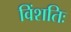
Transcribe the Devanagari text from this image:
विंशतिः